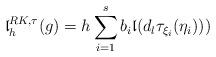
LaTeX: \begin{align*}{\mathfrak l}^{RK,\tau}_h(g)=h\sum_{i=1}^s b_i {\mathfrak l}(d_l\tau_{\xi_i}(\eta_i)))\end{align*}